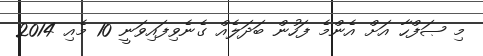
މި ޞަފްހާ އަށް އެންމެ ފަހުން ބަދަލެއް ގެނެވިފައިވަނީ 10 މެއި 2014